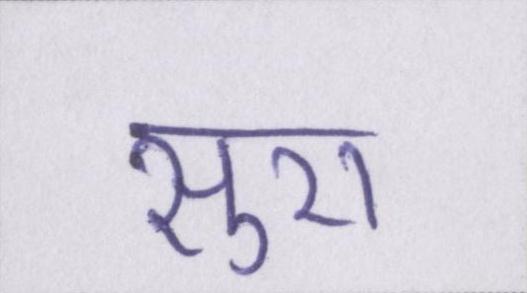
सुरा